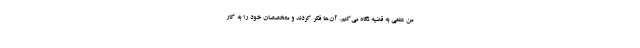
من علمی به قضیه نگاه می‌کنم. آن‌ها فکر کردند و متخصصان خود را به کار